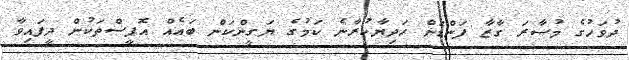
ދުވަހުގެ މުސާރަ ގާޒާ ފަންޑަށް ހަދިޔާކުރާނެ ކަމުގެ ޔަގީންކަން ބައެއް އޮފީސްތަކުން ދީފައިވާ